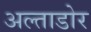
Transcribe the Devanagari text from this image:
अल्ताडोर